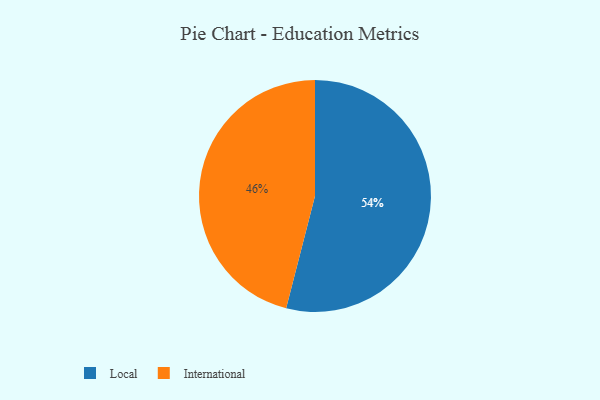
{"axis": {"x": "Category", "y": "Percentage"}, "legend": ["International", "Local"], "data": [{"x": "Local", "y": 54, "type": "Local"}, {"x": "International", "y": 46, "type": "International"}]}